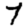
Digit: 7